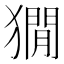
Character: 𤡥